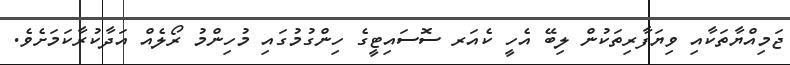
ޖަމިއްޔާތަކާއި ވިޔަފާރިތަކުން ލިބޭ އެހީ ކެއަރ ސޮސައިޓީގެ ހިންގުުމުގައި މުހިންމު ރޯލެއް އަދާކުރާކަމަށެވެ.